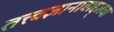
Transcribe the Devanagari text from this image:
तत्त्वज्ञानाबाद्द्लचा